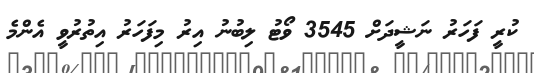
ކުރީ ފަހަރު ނަޝީދަށް 3545 ވޯޓު ލިބުނު އިރު މިފަހަރު އިތުރުވީ އެންމެ